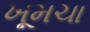
ખૂમચા